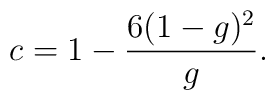
c = 1 - \frac{6(1-g)^2}{g}.